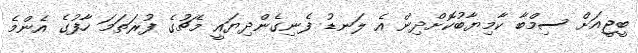
ބީޖީއަށް ސިމްބާ ކާމިޔާބުކޮށްދިން އެ ލަނޑު ފެނިގެންދިޔައީ މެޗުގެ ފުރަތަމަ ހާފުގެ އެންމެ